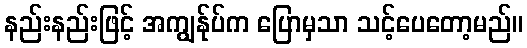
နည်းနည်းဖြင့် အကျွန်ုပ်က ပြောမှသာ သင့်ပေတော့မည်။